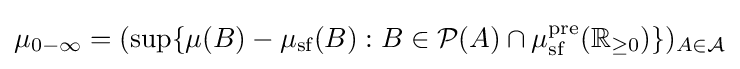
\mu _{0-\infty }=(\sup\{\mu (B)-\mu _{\text{sf}}(B):B\in {\cal {P}}(A)\cap \mu _{\text{sf}}^{\text{pre}}(\mathbb {R} _{\geq 0})\})_{A\in {\cal {A}}}